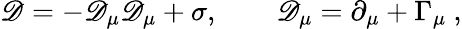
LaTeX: \mathscr{D}=-\mathscr{D}_{\mu}\mathscr{D}_{\mu}+\sigma,\qquad\mathscr{D}_{\mu}=\partial_{\mu}+\Gamma_{\mu}\ ,